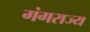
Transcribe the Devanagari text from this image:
गंगराज्य